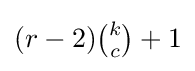
(r-2){\tbinom {k}{c}}+1